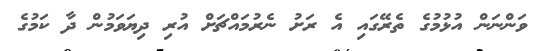
ވަންނަން އުޅުމުގެ ތެރޭގައި އެ ރަށު ނެރުމައްޗަށް އުރި ދިޔަވަމުން ދާ ކަމުގެ